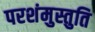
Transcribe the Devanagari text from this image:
परशंमुस्तुति